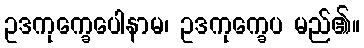
ဥဒကုက္ခေပေါနာမ၊ ဥဒကုက္ခေပ မည်၏။